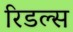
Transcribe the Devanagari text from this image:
रिडल्स